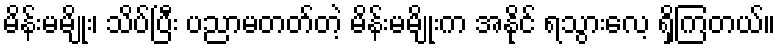
မိန်းမမျိုး၊ သိပ်ပြီး ပညာမတတ်တဲ့ မိန်းမမျိုးက အနိုင် ရသွားလေ့ ရှိကြတယ်။